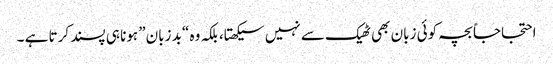
احتجاجاً بچہ کوئی زبان بھی ٹھیک سے نہیں سیکھتا، بلکہ وہ “بد زبان” ہونا ہی پسند کرتا ہے ۔